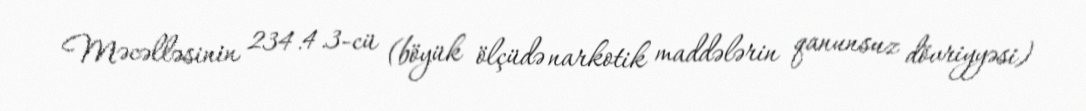
Məcəlləsinin 234.4.3-cü (böyük ölçüdə narkotik maddələrin qanunsuz dövriyyəsi)